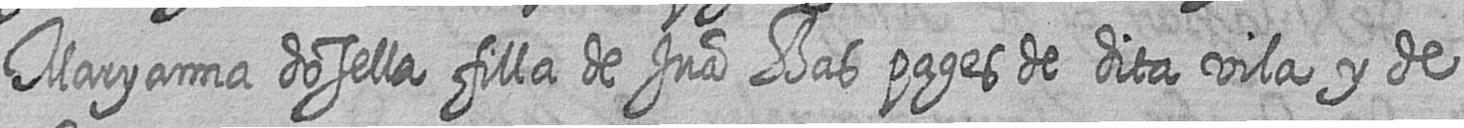
Maryanna dosella filla de Jua Bas pages de dita vila y de